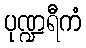
ပုဏ္ဍရီကံ